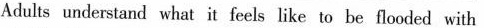
Adults understand what it feels like to be flooded with